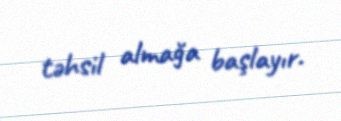
təhsil almağa başlayır.